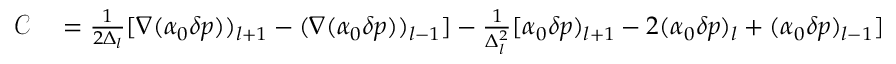
\begin{array} { r l } { \mathcal { C } } & { { } = \frac { 1 } { 2 \Delta _ { l } } [ \nabla ( \alpha _ { 0 } \delta p ) ) _ { l + 1 } - ( \nabla ( \alpha _ { 0 } \delta p ) ) _ { l - 1 } ] - \frac { 1 } { \Delta _ { l } ^ { 2 } } [ \alpha _ { 0 } \delta p ) _ { l + 1 } - 2 ( \alpha _ { 0 } \delta p ) _ { l } + ( \alpha _ { 0 } \delta p ) _ { l - 1 } ] } \end{array}